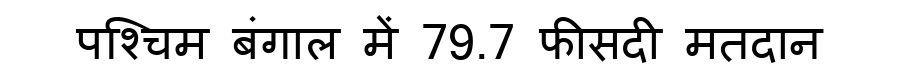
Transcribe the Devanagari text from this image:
पश्चिम बंगाल में 79.7 फीसदी मतदान